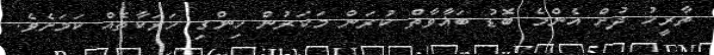
ތާރީޚު ދުށް އެންމެ ބޮޑު ބަޣާވާތް ކުރަން މަކަރުން ހިންގި ހަރަކާތެއް ކަމަށެވެ.